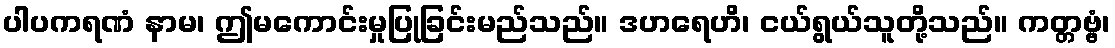
ပါပကရဏံ နာမ၊ ဤမကောင်းမှုပြုခြင်းမည်သည်။ ဒဟရေဟိ၊ ငယ်ရွယ်သူတို့သည်။ ကတ္တဗ္ဗံ၊